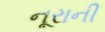
નૂરાની